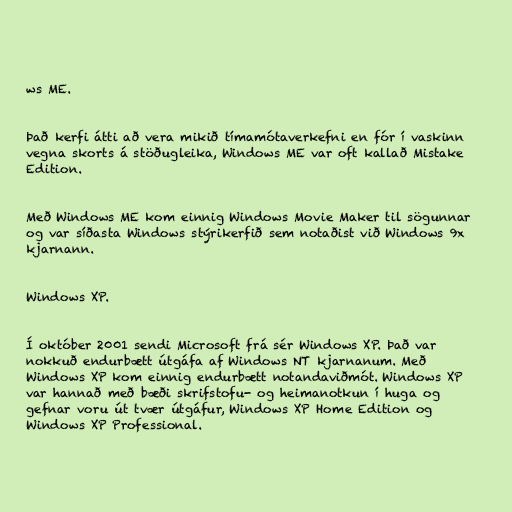
ws ME.

Það kerfi átti að vera mikið tímamótaverkefni en fór í vaskinn
vegna skorts á stöðugleika, Windows ME var oft kallað Mistake
Edition.

Með Windows ME kom einnig Windows Movie Maker til sögunnar
og var síðasta Windows stýrikerfið sem notaðist við Windows 9x
kjarnann.

Windows XP.

Í október 2001 sendi Microsoft frá sér Windows XP. Það var
nokkuð endurbætt útgáfa af Windows NT kjarnanum. Með
Windows XP kom einnig endurbætt notandaviðmót. Windows XP
var hannað með bæði skrifstofu- og heimanotkun í huga og
gefnar voru út tvær útgáfur, Windows XP Home Edition og
Windows XP Professional.